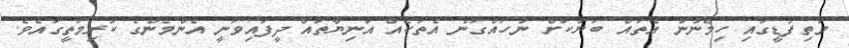
މަތިފަޑީގައި ހިމެނުނު އެތައް ބަޔަކަށް ނުހައްގުން އެތަކެއް އަނިޔާތައް ދީފައިވަނީ އެންމެންގެ ކުރިމަތީގައެވެ.